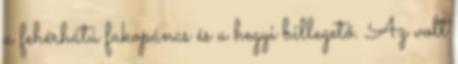
a fehérhátú fakopáncs és a hegyi billegető. Az volt